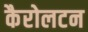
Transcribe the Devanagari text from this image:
कैरोलटन